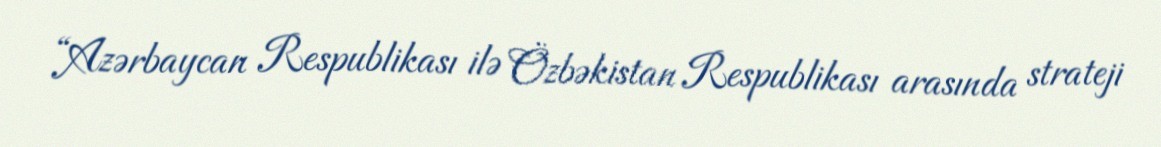
“Azərbaycan Respublikası ilə Özbəkistan Respublikası arasında strateji